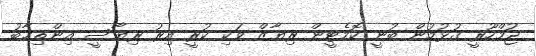
ޖުމްހޫރީ ގުޅުމުން ބުނީ ކޮމެޓީން ރިޔާޒް ވަކި ކުރީ އިރު ރިޔާސީ އިންތިޚާބު